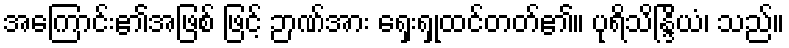
အကြောင်း၏အဖြစ် ဖြင့် ဉာဏ်အား ရှေးရှုထင်တတ်၏။ ပုရိသိန္ဒြိယံ၊ သည်။